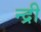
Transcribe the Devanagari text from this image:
न्द्री